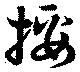
挼